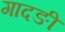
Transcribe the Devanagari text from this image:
गादङी